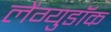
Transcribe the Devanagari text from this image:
लेंग्युडॉक